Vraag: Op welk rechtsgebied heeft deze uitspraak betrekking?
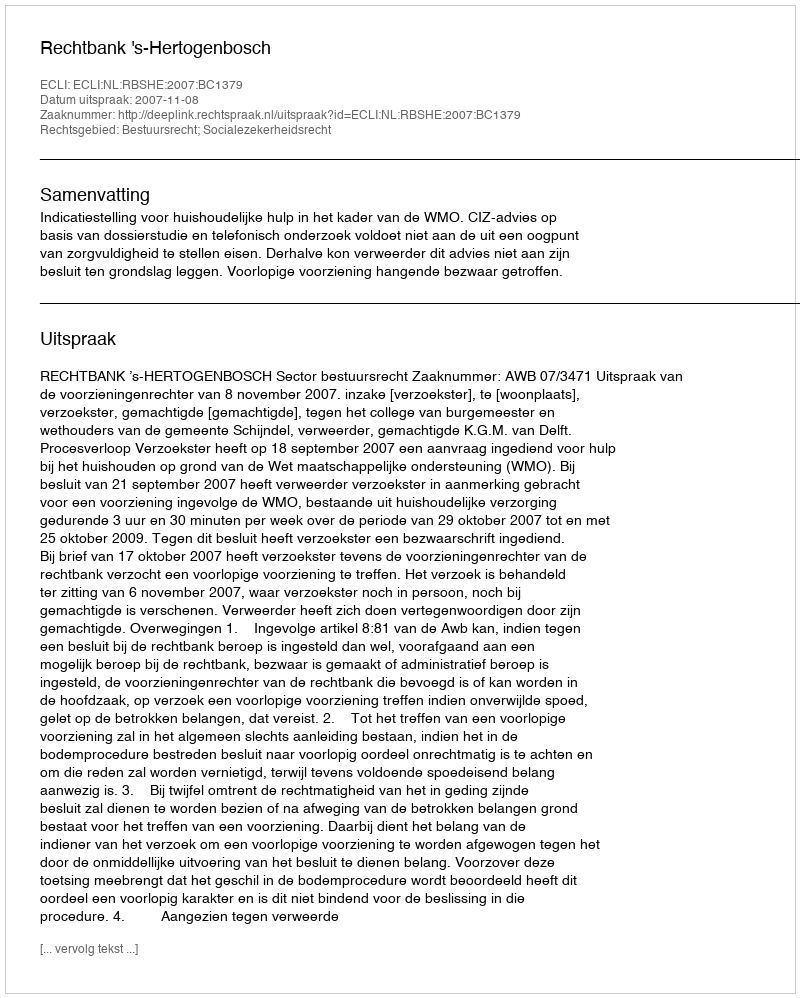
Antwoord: Bestuursrecht; Socialezekerheidsrecht